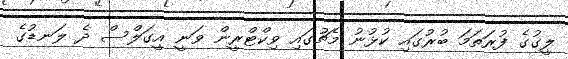
ލީގުގެ ފުރަތަމަ ބުރުގައި ކުޅުނު މެޗުގައި ވިކްޓްރީން ވަނީ އީގަލްސް ދެ ލަނޑުގެ